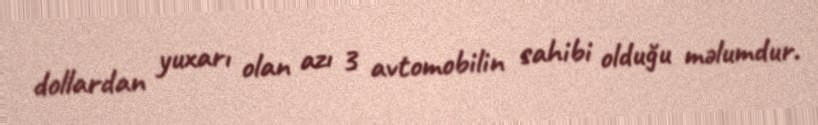
dollardan yuxarı olan azı 3 avtomobilin sahibi olduğu məlumdur.